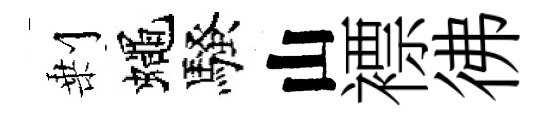
剰蠅騷山褾彿